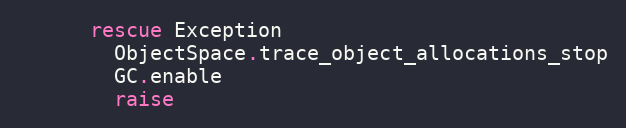
Language: Ruby
      rescue Exception
        ObjectSpace.trace_object_allocations_stop
        GC.enable
        raise